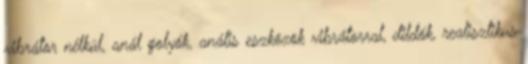
vibrátor nélkül, anál golyók, anális eszközök vibrátorral, dildók, realisztikus